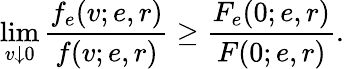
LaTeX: \operatorname*{lim}_{v\downarrow 0}\frac{f_{e}(v;e,r)}{f(v;e,r)}\geq\frac{F_{e}(0;e,r)}{F(0;e,r)}.